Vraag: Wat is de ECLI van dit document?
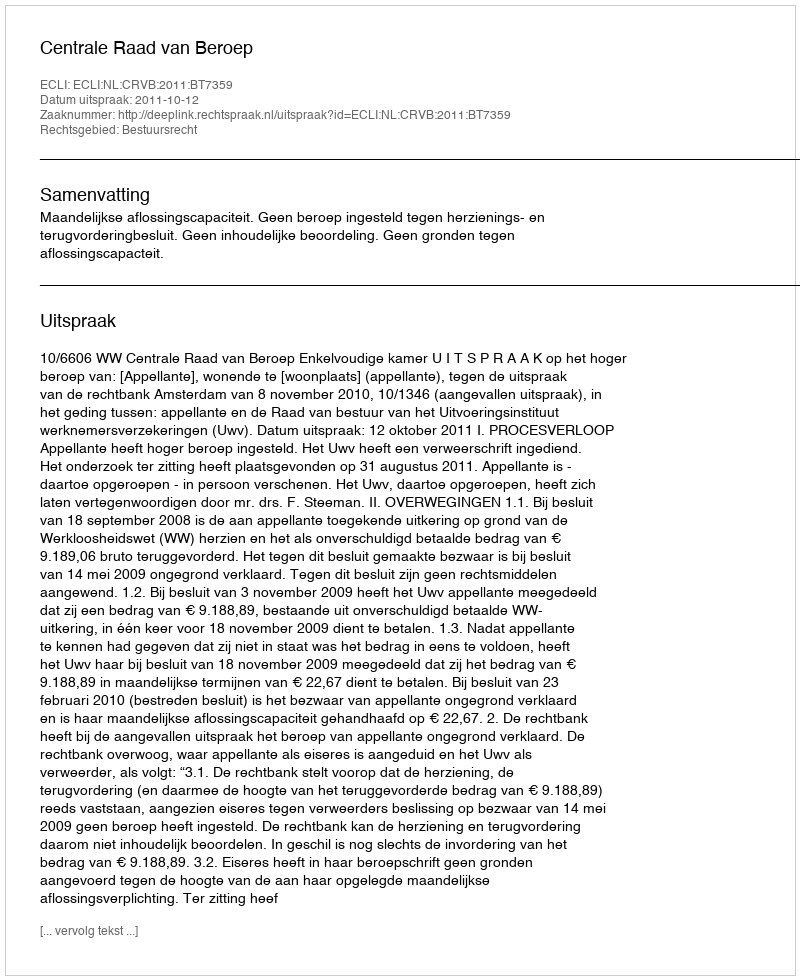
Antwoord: ECLI:NL:CRVB:2011:BT7359